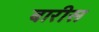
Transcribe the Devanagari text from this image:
बारीस